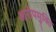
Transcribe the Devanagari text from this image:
आरोपमुक्ति